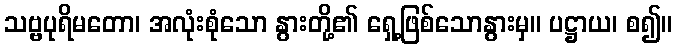
သဗ္ဗပုရိမတော၊ အလုံးစုံသော နွားတို့၏ ရှေ့ဖြစ်သောနွားမှ။ ပဋ္ဌာယ၊ စ၍။